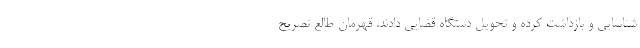
شناسایی و بازداشت کرده و تحویل دستگاه قضایی دادند. قهرمان طالع تصریح